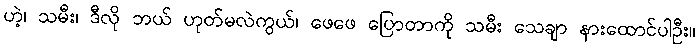
ဟဲ့၊ သမီး၊ ဒီလို ဘယ် ဟုတ်မလဲကွယ်၊ ဖေဖေ ပြောတာကို သမီး သေချာ နားထောင်ပါဦး။